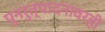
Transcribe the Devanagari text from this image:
पुनरुत्पादनावरही